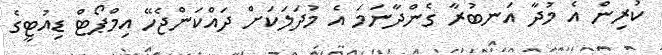
ކުރިން އެ މުދާ އަނބުރާ ގެންދާނަމަ އެ މުދަލަކަށް ދައްކަންޖެހޭ އިމްޕޯޓް ޑިއުޓީގެ